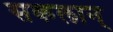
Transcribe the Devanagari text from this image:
सकलान्